Indian journal of veterinary science and animal husbandry - Volume 12,
Year: 1942
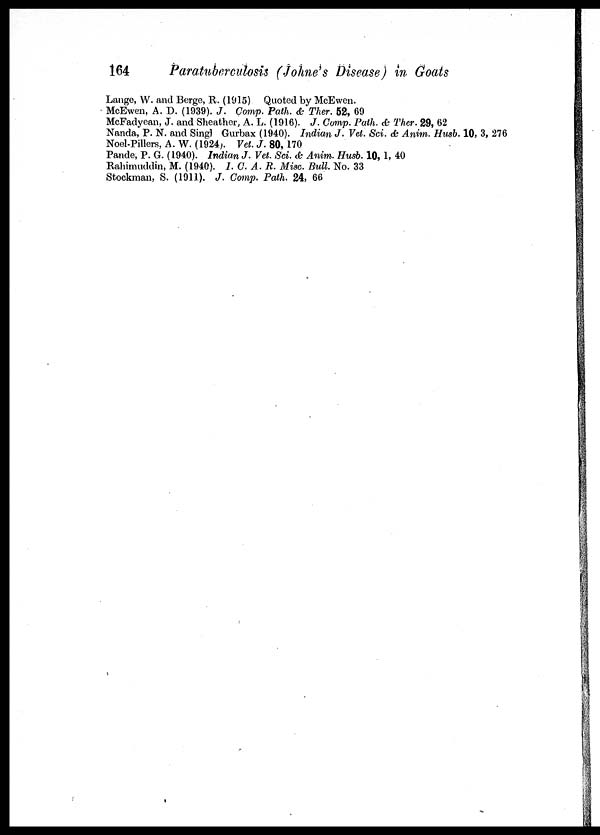
164
Paratuberculosis (Johne's Disease) in Goats
Lange, W. and Berge, R. (1915) Quoted by McEwen.
McEwen, A. D. (1939). J. Comp. Path. & Ther. 52, 69
McFadyean, J. and Sheather, A. L. (1916). J. Comp. Path. & Ther. 29, 62
Nanda, P. N. and Singl Gurbax (1940). Indian J. Vet. Sci. & Anim. Husb. 10, 3, 276
Noel-Pillers, A. W. (1924). Vet. J. 80, 170
Pande, P. G. (1940). Indian J. Vet. Sci. & Anim. Husb. 10, 1, 40
Rahimuddin, M. (1940). I.C.A. R. Misc. Bull. No. 33
Stockman, S. (1911). J. Comp. Path. 24, 66